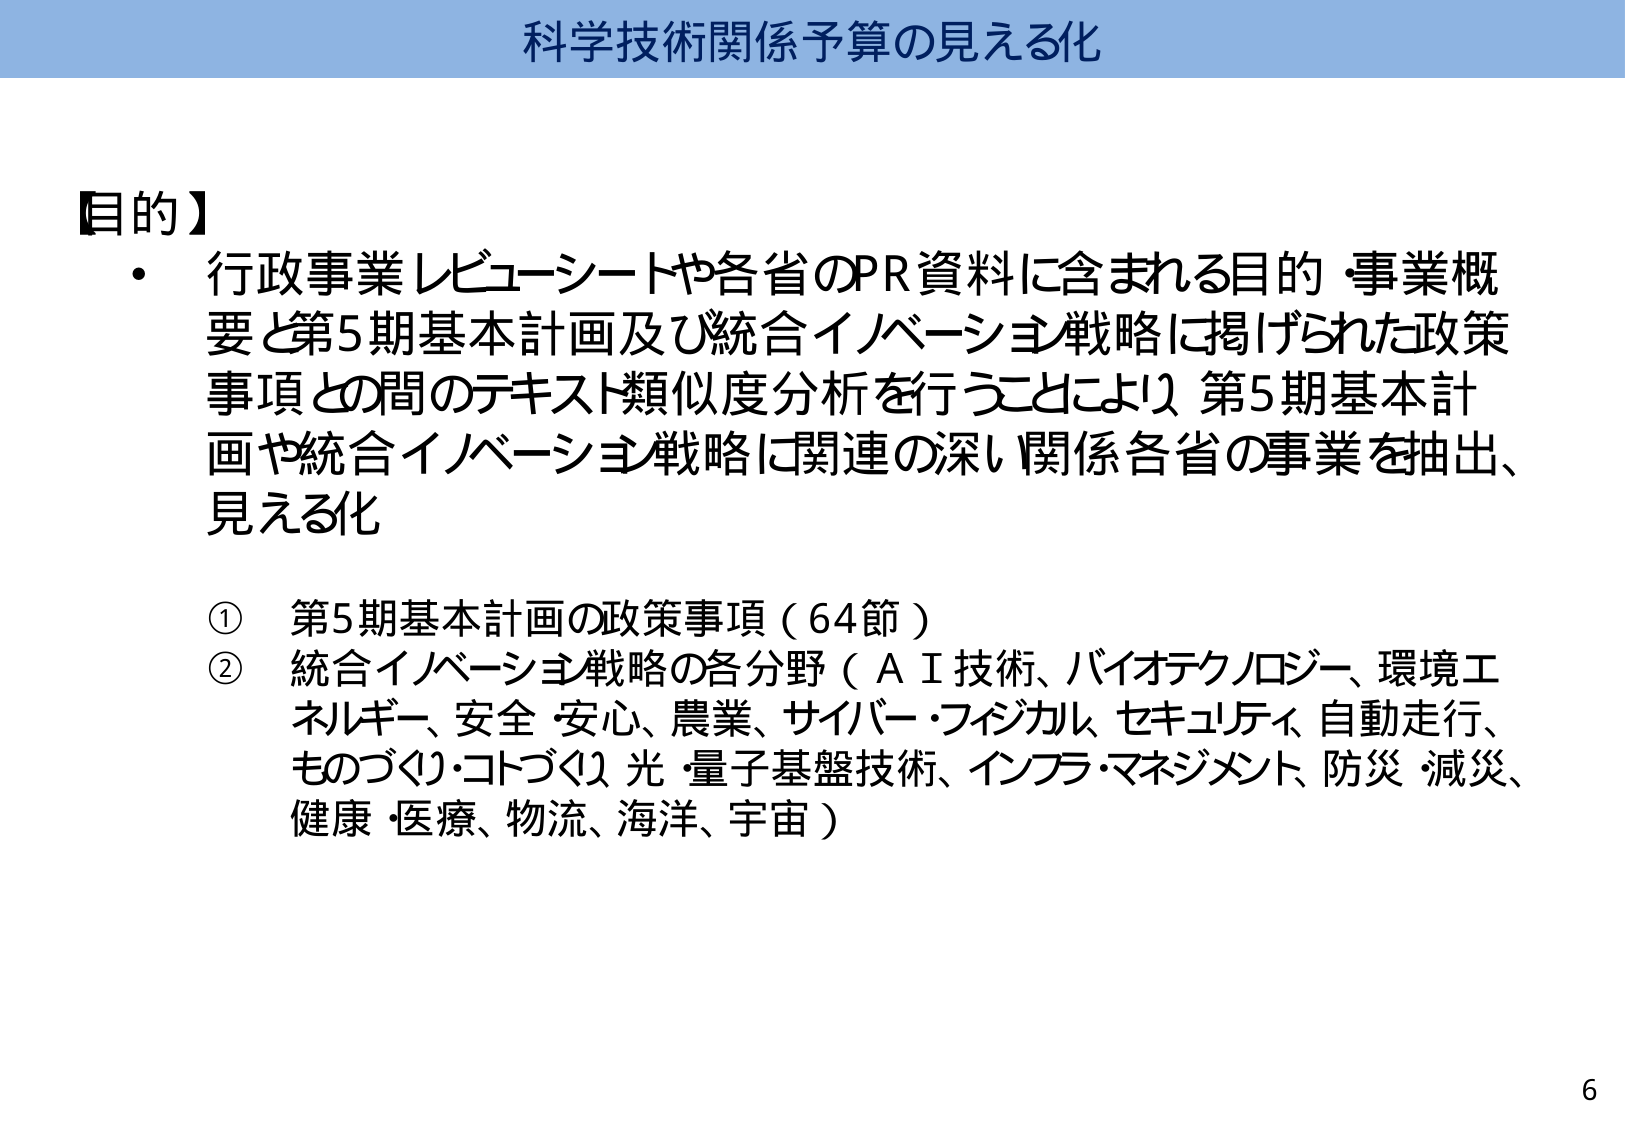
科学技術関係予算の見える化

【目的】
・ 行政事業レビューーシートや各省のPR資料に含まれる目的・事業概要と第5期基本計画及び統合イノベーション戦略に掲げられた政策事項との間のテキスト類似度分析を行うことにより、第5期基本計画や統合イノベーション戦略に関連の深い関係各省の事業を抽出、見える化

① 第5期基本計画の政策事項（64節）
② 統合イノベーション戦略の各分野（ＡＩ技術、バイオテクノロジー、環境エネルギー、安全・安心、農業、サイバー・フィジカル・セキュリティ、自動走行、ものづくり・コトづくり、光・量子基盤技術、インフラ・マネジメント、防災・減災、健康・医療、物流、海洋、宇宙）

6